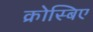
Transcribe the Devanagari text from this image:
क्रोस्बिए